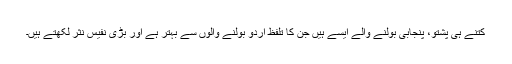
کتنے ہی پشتو، پنجابی بولنے والے ایسے ہیں جن کا تلفظ اردو بولنے والوں سے بہتر ہے اور بڑی نفیس نثر لکھتے ہیں۔